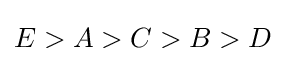
E>A>C>B>D